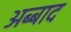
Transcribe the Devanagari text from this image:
अब्बाद